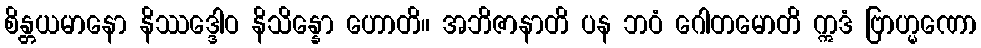
စိန္တယမာနော နိဿဒ္ဒေါဝ နိသိန္နော ဟောတိ။ အဘိဇာနာတိ ပန ဘဝံ ဂေါတမောတိ ဣဒံ ဗြာဟ္မဏော